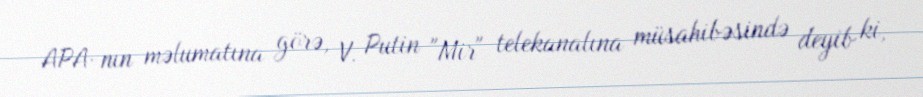
APA-nın məlumatına görə, V. Putin "Mir" telekanalına müsahibəsində deyib ki,